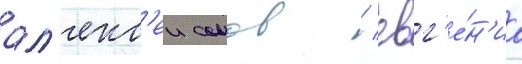
ал'екс'еи сомов / евг'е́н'иа